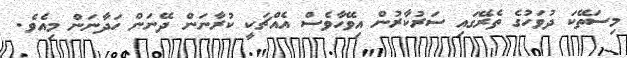
މިސަތޭކަ ދުވަހުގެ ތެރޭގައި ސަރުކާރުން އިވޭހާވެސް އެއްޗަކީ ކުރާނަން ދޭނަން ހަދާނަން މިއެވެ.